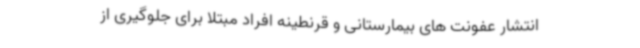
انتشار عفونت های بیمارستانی و قرنطینه افراد مبتلا برای جلوگیری از